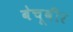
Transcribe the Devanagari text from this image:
बेचूवीर